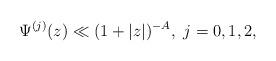
LaTeX: \begin{align*} \Psi^{(j)}(z)\ll(1+|z|)^{-A}, \ j=0,1,2,\end{align*}